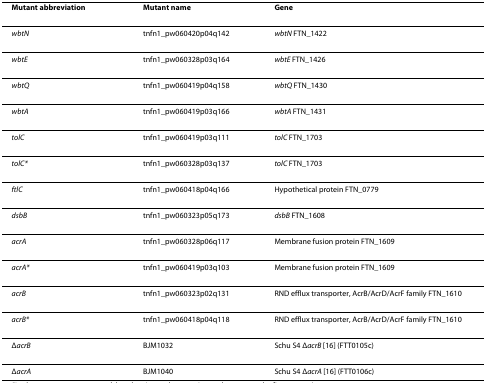
<table><thead><tr><td><b>Mutant abbreviation</b></td><td><b>Mutant name</b></td><td><b>Gene</b></td></tr></thead><tbody><tr><td><i>wbtN</i></td><td>tnfn1_pw060420p04q142</td><td><i>wbtN </i>FTN_1422</td></tr><tr><td><i>wbtE</i></td><td>tnfn1_pw060328p03q164</td><td><i>wbtE </i>FTN_1426</td></tr><tr><td><i>wbtQ</i></td><td>tnfn1_pw060419p04q158</td><td><i>wbtQ </i>FTN_1430</td></tr><tr><td><i>wbtA</i></td><td>tnfn1_pw060419p03q166</td><td><i>wbtA </i>FTN_1431</td></tr><tr><td><i>tolC</i></td><td>tnfn1_pw060419p03q111</td><td><i>tolC </i>FTN_1703</td></tr><tr><td><i>tolC*</i></td><td>tnfn1_pw060328p03q137</td><td><i>tolC </i>FTN_1703</td></tr><tr><td><i>ftlC</i></td><td>tnfn1_pw060418p04q166</td><td>Hypothetical protein FTN_0779</td></tr><tr><td><i>dsbB</i></td><td>tnfn1_pw060323p05q173</td><td><i>dsbB </i>FTN_1608</td></tr><tr><td><i>acrA</i></td><td>tnfn1_pw060328p06q117</td><td>Membrane fusion protein FTN_1609</td></tr><tr><td><i>acrA*</i></td><td>tnfn1_pw060419p03q103</td><td>Membrane fusion protein FTN_1609</td></tr><tr><td><i>acrB</i></td><td>tnfn1_pw060323p02q131</td><td>RND efflux transporter, AcrB/AcrD/AcrF family FTN_1610</td></tr><tr><td><i>acrB*</i></td><td>tnfn1_pw060418p04q118</td><td>RND efflux transporter, AcrB/AcrD/AcrF family FTN_1610</td></tr><tr><td>Δ<i>acrB</i></td><td>BJM1032</td><td>Schu S4 Δ<i>acrB </i>[16] (FTT0105c)</td></tr><tr><td>Δ<i>acrA</i></td><td>BJM1040</td><td>Schu S4 Δ<i>acrA </i>[16] (FTT0106c)</td></tr></tbody></table>